Vaccine operations Central Provinces 1900-1911 - 1900-1911
Year: 1900
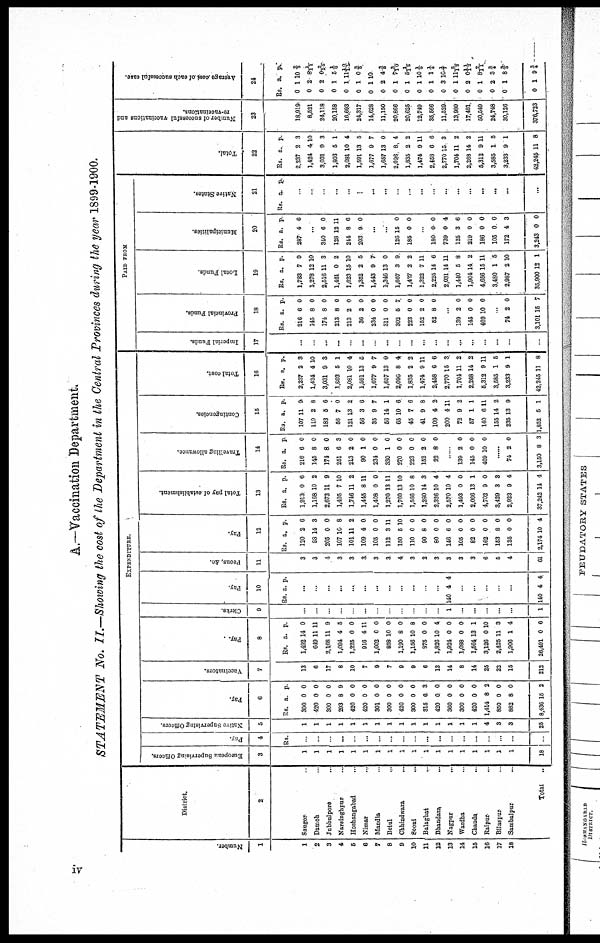
A.—Vaccination Department.
STATEMENT No. II—Showing the cost of the Department in the Central Provinces during the year 1899-1900.
Number
1
1
2
3
4
5
6
7
8
9
10
11
12
13
14
15
16
17
18
District.
2
Sanger .
Damoh .
Jubbulpore .
Narsinghpur ..
Hoshangabad ..
Nimar .
Mandla .
Betul ..
Chhindwara ...
Seoni ...
Balaghat ...
Bhandara ...
Nagpur ...
Wardha ...
Chanda
..
Raipur ..
Bilaspur
Sambalpur ...
Total
..
EXPENDITURE.
European Supervising Officers.
3
1
1
1
1
1
1
1
1
1
1
1
1
1
1
1
1
1
1
18
Pay.
4
Rs.
...
...
...
...
..
...
...
...
...
...
...
...
...
...
...
.
...
.
Native supervising Officers
5
1
1
1
1
1
1
1
1
1
1
1
1
1
1
1
4
3
3
25
Pay.
6
Rs.
300
420
300
293
420
420
301
300
420
300
315
420
360
300
420
1,414
850
882
8,436
a.
0
0
0
8
0
0
0
0
0
0
6
0
0
0
0
8
0
8
15
p.
0
0
0
9
0
0
0
0
0
0
3
0
0
0
0
2
0
0
2
Vaccinators.
7
13
6
17
8
10
7
9
7
9
9
6
13
14
8
14
25
22
15
212
Pay.
8
Rs.
1,492
649
2,168
1,094
1,225
916
1,002
858
1,190
1,156
375
1,826
1,924
1,088
1,564
3,126
2,425
1,906
26,491
a.
14
11
11
4
0
4
0
10
8
10
0
10
0
0
13
0
11
1
0
p.
0
11
9
5
0
11
0
0
0
8
0
4
0
0
1
10
3
4
6
Clerks.
9
...
.
.
.
...
...
...
...
.
.
,
1
...
...
...
...
1
Pay
10
Rs. a. p.
...
...
...
...
...
...
...
...
...
.
...
140 4 4
..
...
..
140 4 4
Peons, &c
11
3
3
4
3
3
3
3
3
4
3
2
3
3
3
3
6
5
4
61
Pay.
12
Rs.
120
98
205
107
101
109
105
112
150
110
90
80
146
105
82
162
153
135
2,174
a.
2
14
0
10
11
4
0
3
5
0
8
0
6
0
0
0
8
0
10
p.
6
3
0
8
2
0
0
11
10
0
0
0
0
0
0
0
0
0
4
Total pay of establishment.
13
Rs.
1,913
1,168
2,673
1,405
1,746
1,445
1,408
1,270
1,760
1,566
1,280
2,326
2,570
1,493
2,066
4,702
3,429
2,923
37,242
a.
0
10
11
7
11
8
0
13
13
10
14
10
10
0
13
9
3
9
14
p.
6
2
9
10
2
11
0
11
10
8
3
4
4
0
1
0
3
4
4
Travelling allowance.
14
Rs.
216
145
174
251
213
90
234
330
270
223
152
22
a.
6
8
8
6
2
1
0
1
0
0
2
8
p.
0
0
0
3
0
0
0
0
0
0
0
0
......
139
145
469
2
0
10
0
0
0
......
74
3,150
2
8
0
3
Contingencies.
15
Rs.
107
110
183
56
121
56
35
56
65
45
41
109
200
72
57
140
155
235
1,852
a.
11
2
5
7
13
3
9
14
10
7
9
4
4
9
1
6
14
13
5
p.
9
8
6
0
2
6
7
1
6
6
8
2
11
2
1
11
2
9
1
Total cost.
16
Rs.
2,237
1,424
3,031
1,803
2,081
1,591
1,677
1,657
2,096
1,835
1,474
2,458
2,770
1,704
2,268
5,312
3,585
3,233
42,245
a.
2
4
9
5
10
13
9
13
8
2
9
6
15
11
14
9
1
9
11
p.
3
10
3
1
4
5
7
0
4
2
11
6
3
2
2
11
5
1
8
PAID FROM
Imperial Funds.
17
...
...
...
...
.
...
.
...
..
...
...
...
...
..
...
...
..
..
Provincial Funds.
18
Rs.
216
145
174
213
213
36
234
311
302
223
152
52
a.
6
8
8
8
2
2
0
0
5
0
2
8
p.
0
0
0
0
0
0
0
0
7
0
0
0
..
139
145
469
2
0
10
0
0
0
...
74
3,101
2
15
0
7
Local Funds
19
Rs.
1,733
1,278
2,516
1,461
1,623
1,352
1,443
1,346
1,667
1,427
1,322
2,225
2,031
1,440
1,904
4,656
3,480
2,987
35,900
a.
7
12
11
0
15
2
9
13
3
2
7
14
14
5
14
15
1
21
12
p.
0
10
3
2
10
5
7
0
9
2
11
6
11
8
2
11
5
10
1
Municipalities.
20
Rs.
287
a.
4
p.
6
...
340
128
244
203
6
12
8
9
0
11
6
0
...
...
126
185
15
0
0
0
180
739
125
219
186
105
172
3,243
0
0
3
0
0
0
4
0
0
4
6
0
0
0
3
0
Native States.
21
Rs. a. p.
..
...
.
..
.
...
...
...
...
...
...
..
...
...
...
...
...
...
Total.
22
Rs.
2,237
1,424
3,031
1,803
2,081
1,591
1,677
1,657
2,096
1,835
1,474
2,458
2,770
1,704
2,268
5,312
3,585
3,233
42,245
a.
2
4
9
5
10
13
9
13
8
2
9
6
15
11
14
9
1
9
11
p.
3
10
3
1
4
5
7
0
4
2
11
6
3
2
2
11
5
1
8
Number of successful vaccinations and
re-vaccinations.
23
18,919
8,521
24,118
20,158
16,693
24,317
14,628
11,150
20,866
20,625
12,749
35,566
11,529
13,980
17,481
50,549
24,748
30,126
376,723
Average cost of each successful case.
24
Rs.
0
0
0
0
0
0
0
0
0
0
0
0
0
0
0
0
0
0
0
a.
1
2
2
1
1
1
1
2
1
1
1
1
3
1
2
1
2
1
1
p.
10 2/3
8 1/11
0 3/15
5 2/6
11 10/11
0 3/5
10
4 3/5
7 3/10
5 1/12
10 1/5
1 1/4
10 1/7
11 5/12
0 11/13
8 2/11
3 ¾
8 3/5
9¾
iv